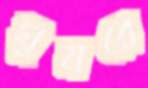
ঘুমরে